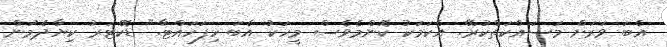
އެބަ ވަރަށް މަސައްކަތްކުރޭ. އެކަމަކު ކޮންމެވެސް މީހަކު އެބަ ހިފަހައްޓާ." ޑޮކްޓަރު ކިޔާދެމުން